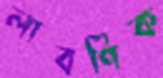
লাবণিক